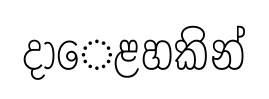
දාෙළහකින්